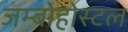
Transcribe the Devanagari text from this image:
जम्बोहोस्टल